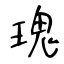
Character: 瑰